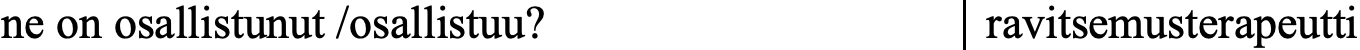
ne on osallistunut /osallistuu? ravitsemusterapeutti